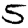
Digit: 5